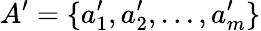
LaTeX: A^{\prime}=\{ a_{1}^{\prime},a_{2}^{\prime},\dots,a_{m}^{\prime}\}